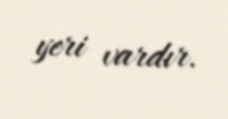
yeri vardır.